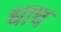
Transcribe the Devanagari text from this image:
धाच